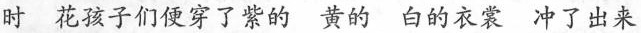
时 花孩子们便穿了紫的 黄的 白的衣裳 冲了出来